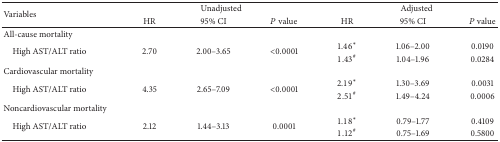
| <ROWSPAN=2> Variables | <COLSPAN=3> Unadjusted | <COLSPAN=3> Adjusted |
 | HR | 95% CI | P value | HR | 95% CI | P value |
 | --- | --- | --- | --- | --- | --- | --- |
 | All-cause mortality |  |  |  |  |  |  |
 | <ROWSPAN=2> High AST/ALT ratio | <ROWSPAN=2> 2.70 | <ROWSPAN=2> 2.00–3.65 | <ROWSPAN=2> <0.0001 | 1.46∗ | 1.06–2.00 | 0.0190 |
 | 1.43# | 1.04–1.96 | 0.0284 |
 | Cardiovascular mortality |  |  |  |  |  |  |
 | <ROWSPAN=2> High AST/ALT ratio | <ROWSPAN=2> 4.35 | <ROWSPAN=2> 2.65–7.09 | <ROWSPAN=2> <0.0001 | 2.19∗ | 1.30–3.69 | 0.0031 |
 | 2.51# | 1.49–4.24 | 0.0006 |
 | Noncardiovascular mortality |  |  |  |  |  |  |
 | <ROWSPAN=2> High AST/ALT ratio | <ROWSPAN=2> 2.12 | <ROWSPAN=2> 1.44–3.13 | <ROWSPAN=2> 0.0001 | 1.18∗ | 0.79–1.77 | 0.4109 |
 | 1.12# | 0.75–1.69 | 0.5800 |